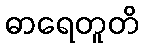
ဓာရေတူတိ